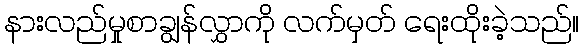
နားလည်မှုစာချွန်လွှာကို လက်မှတ် ရေးထိုးခဲ့သည်။